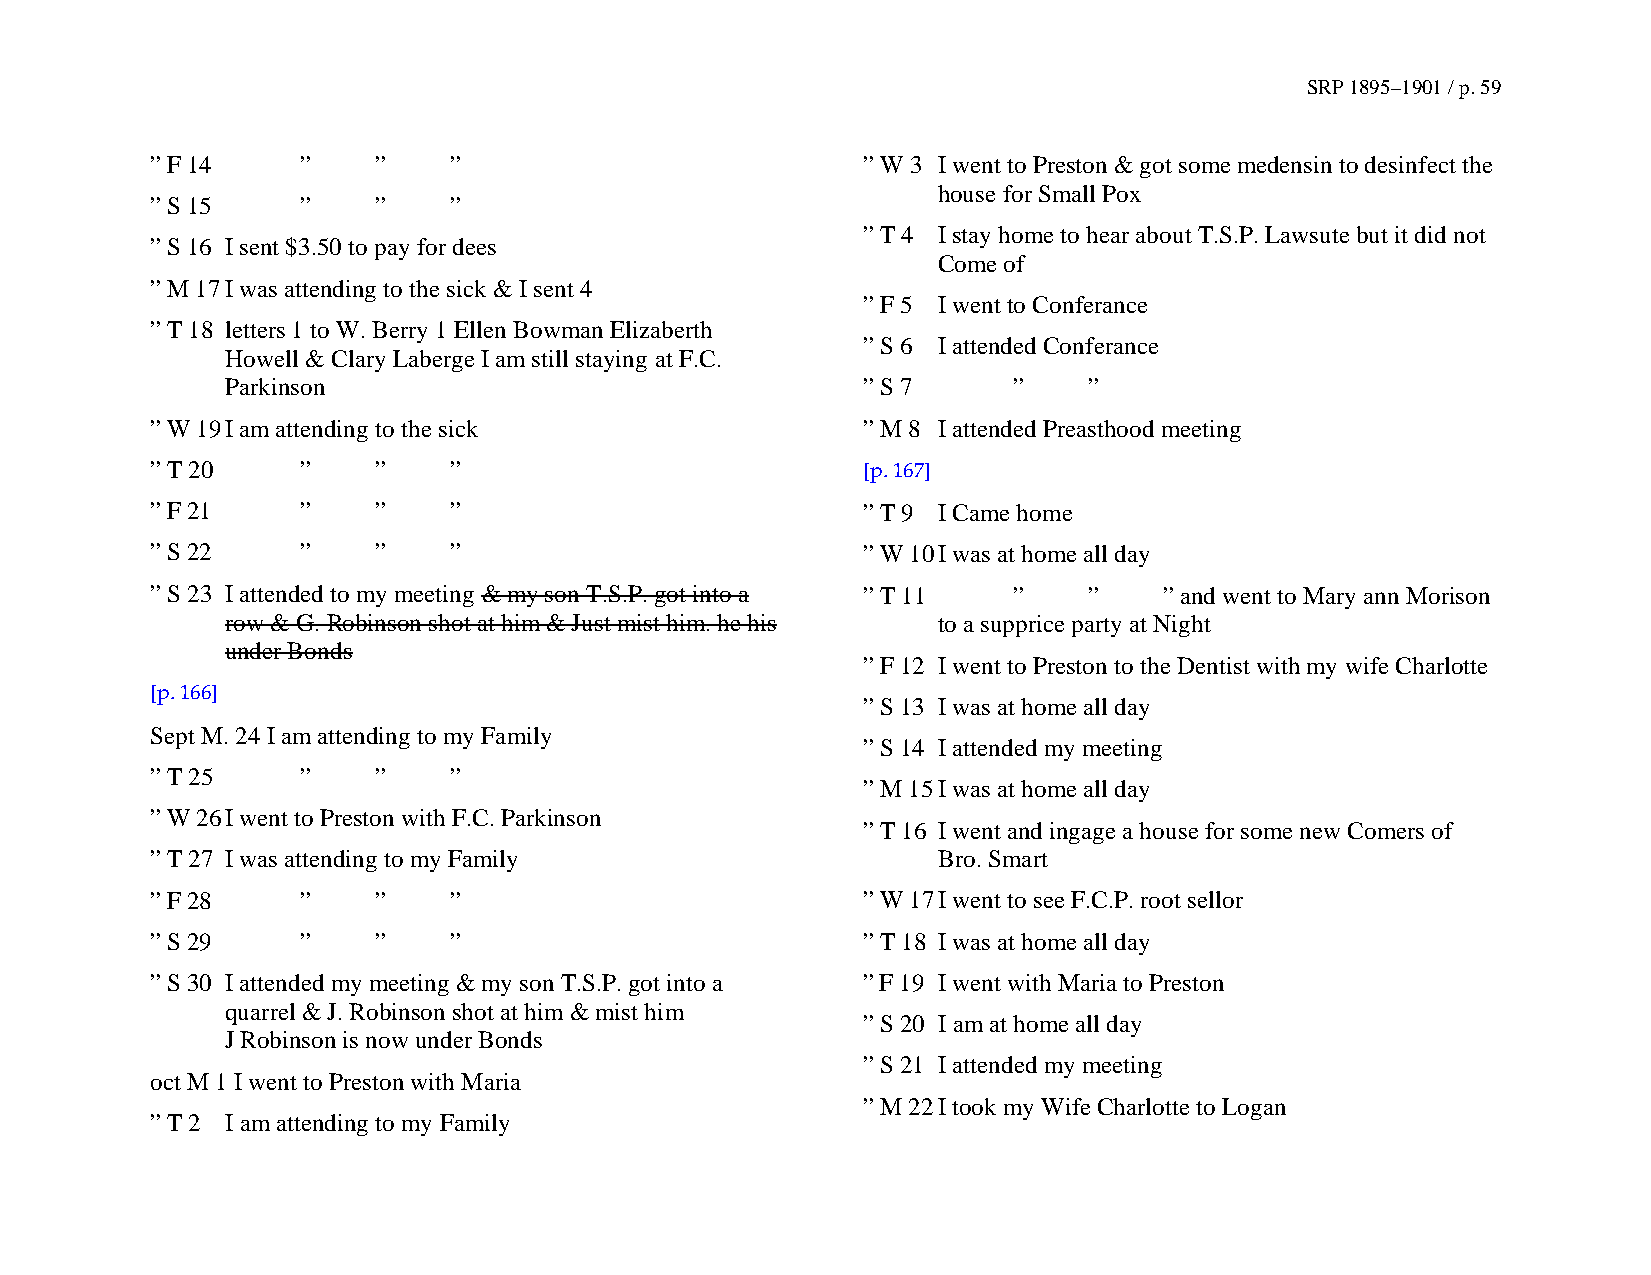
SRP 1895–1901 / p. 59
 ” F 14    ”    ”    ”                          ” W 3 I went to Preston & got some medensin to desinfect the
 house for Small Pox
 ” S 15    ”    ”    ”
 ” T 4 I stay home to hear about T.S.P. Lawsute but it did not
 ” S 16 I sent $3.50 to pay for dees
 Come of
 ” M 17 I was attending to the sick & I sent 4
 ” F 5 I went to Conferance
 ” T 18 letters 1 to W. Berry 1 Ellen Bowman Elizaberth
 ” S 6 I attended Conferance
 Howell & Clary Laberge I am still staying at F.C.
 Parkinson                                 ” S 7     ”    ”
 ” W 19 I am attending to the sick              ” M 8 I attended Preasthood meeting
 ” T 20    ”    ”    ”                          [p. 167]
 ” F 21    ”    ”    ”                          ” T 9 I Came home
 ” S 22    ”    ”    ”                          ” W 10 I was at home all day
 ” S 23 I attended to my meeting & my son T.S.P. got into a ” T 11 ” ” ” and went to Mary ann Morison
 row & G. Robinson shot at him & Just mist him. he his to a supprice party at Night
 under Bonds
 ” F 12 I went to Preston to the Dentist with my wife Charlotte
 [p. 166]
 ” S 13 I was at home all day
 Sept M. 24 I am attending to my Family
 ” S 14 I attended my meeting
 ” T 25    ”    ”    ”
 ” M 15 I was at home all day
 ” W 26 I went to Preston with F.C. Parkinson
 ” T 16 I went and ingage a house for some new Comers of
 ” T 27 I was attending to my Family                 Bro. Smart
 ” F 28    ”    ”    ”                          ” W 17 I went to see F.C.P. root sellor
 ” S 29    ”    ”    ”                          ” T 18 I was at home all day
 ” S 30 I attended my meeting & my son T.S.P. got into a ” F 19 I went with Maria to Preston
 quarrel & J. Robinson shot at him & mist him
 ” S 20 I am at home all day
 J Robinson is now under Bonds
 ” S 21 I attended my meeting
 oct M 1 I went to Preston with Maria
 ” M 22 I took my Wife Charlotte to Logan
 ” T 2 I am attending to my Family